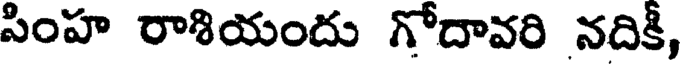
సింహ రాశియందు గోదావరి నదికీ,